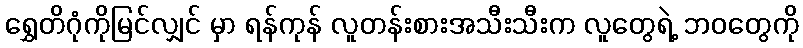
ရွှေတိဂုံကိုမြင်လျှင် မှာ ရန်ကုန် လူတန်းစားအသီးသီးက လူတွေရဲ့ ဘဝတွေကို